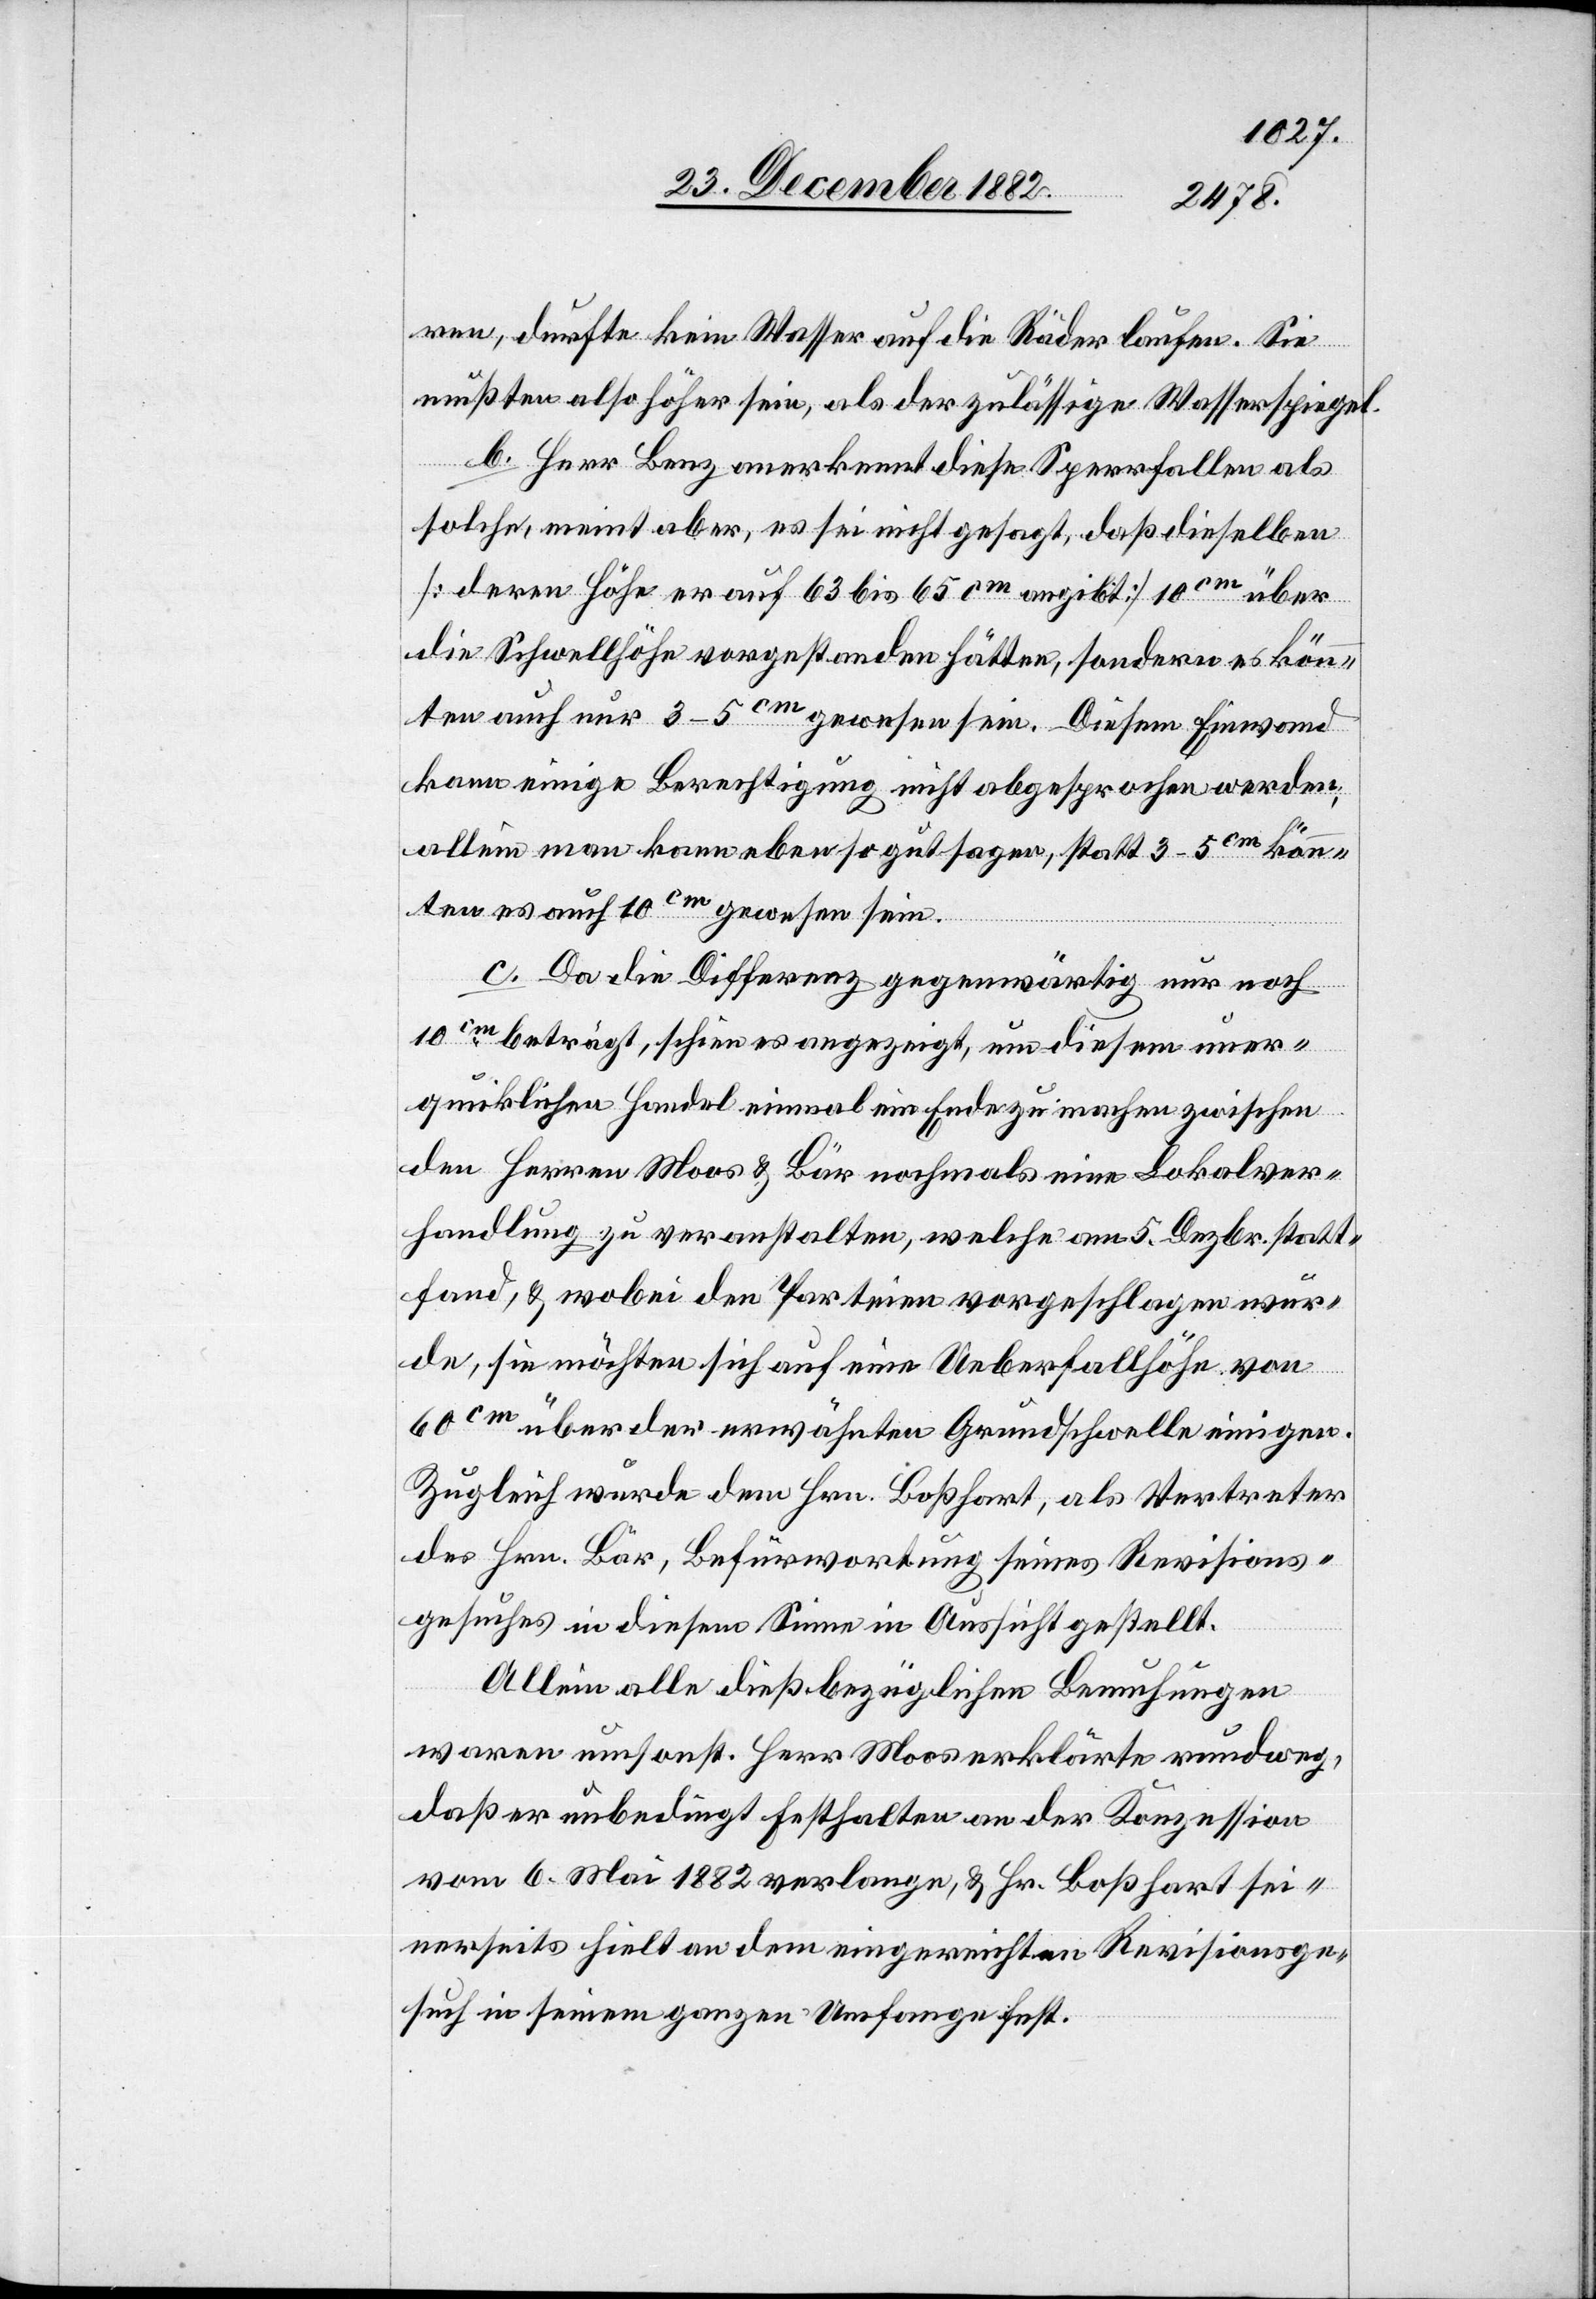
ren, durfte kein Wasser auf die Räder laufen. Sie
mußten also höher sein, als der zulässige Wasserspiegel.
b. Herr Benz anerkennt diese Sperrfallen als
solche, meint aber, es sei nicht gesagt, daß dieselben
[deren Höhe er auf 63 bis 65cm angibt] 10cm über
die Schwellhöhe vorgestanden hätten, sondern es könn¬
ten auch nur 3–5cm gewesen sein. Diesem Einwand
kann einige Berechtigung nicht abgesprochen werden,
allein man kann eben so gut sagen, statt 3–5cm kön¬
nten es auch 10cm gewesen sein.
c. Da die Differenz gegenwärtig nur noch
10cm beträgt, schien es angezeigt, um diesem uner¬
quicklichen Handel einmal ein Ende zu machen zwischen
den Herren Moos & Bär nochmals eine Lokalver¬
handlung zu veranstalten, welche am 5. Dezbr. statt¬
fand, & wobei den Parteien vorgeschlagen wur¬
de, sie möchten sich auf eine Ueberfallhöhe von
60cm über der erwähnten Grundschwelle einigen.
Zugleich wurde dem Hrn. Boßhart, als Vertreter
des Hrn. Bär, Befürwortung seines Revisions¬
gesuches in diesem Sinne in Aussicht gestellt.
Allein alle dießbezüglichen Bemuhungen
waren umsonst. Herr Moos erklärte rundweg,
daß er unbedingt Festhalten an der Konzession
vom 6. Mai 1882 verlange, & Hr. Boßhart sei¬
nerseits hielt an dem eingereichten Revisionsge¬
such in seinem ganzen Umfange fest.